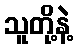
သူတို့နဲ့